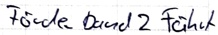
Text: Förderband2 Fährt